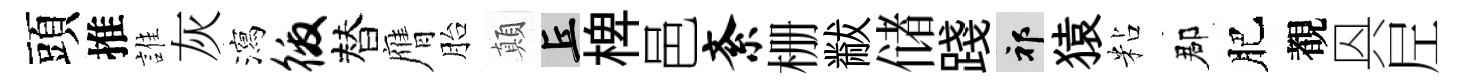
頭推誰灰瀉徼替膺胎顛丘椑邑紊栅黻储踐祁猿粘郡肥覩㒷𡰱